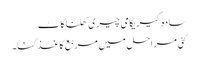
سادہ کیریگامی چیری کھلنا کاٹ
کئی مراحل میں مربع کاغذ گنا۔